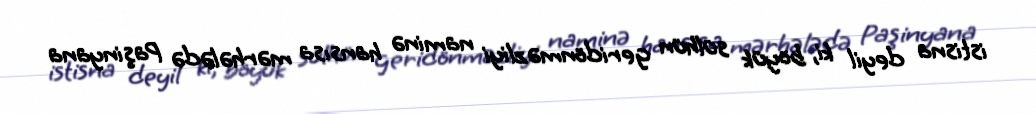
istisna deyil ki, böyük sülhün geridönməzliyi naminə hansısa mərhələdə Paşinyana